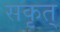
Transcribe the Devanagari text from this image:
सकृत्